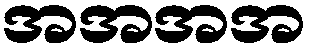
အအအအ